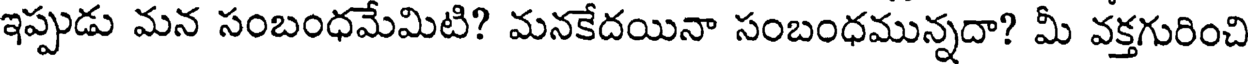
ఇప్పుడు మన సంబంధమేమిటి? మనకేదయినా సంబంధమున్నదా? మీ వక్తగురించి